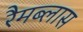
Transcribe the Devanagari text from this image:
रैमब्लास